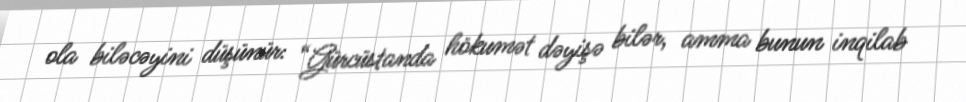
ola biləcəyini düşünür: “Gürcüstanda hökumət dəyişə bilər, amma bunun inqilab